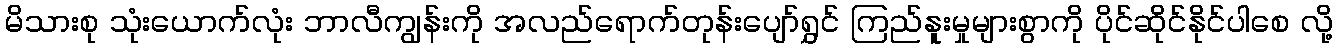
မိသားစု သုံးယောက်လုံး ဘာလီကျွန်းကို အလည်ရောက်တုန်းပျော်ရွှင် ကြည်နူးမှုများစွာကို ပိုင်ဆိုင်နိုင်ပါစေ လို့